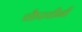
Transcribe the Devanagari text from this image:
चौपचीनी